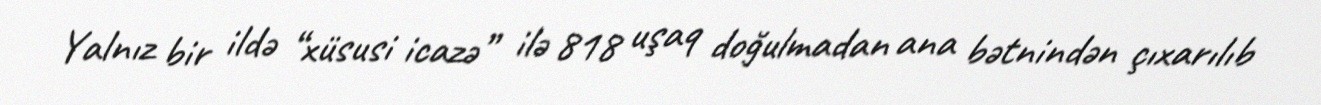
Yalnız bir ildə “xüsusi icazə” ilə 818 uşaq doğulmadan ana bətnindən çıxarılıb